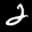
Label: 2